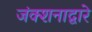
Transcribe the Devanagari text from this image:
जंक्शनाद्वारे